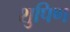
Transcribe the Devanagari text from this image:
शुपिण